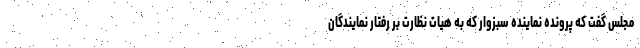
مجلس گفت که پرونده نماینده سبزوار که به هیات نظارت بر رفتار نمایندگان